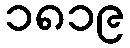
၁၈၁၉